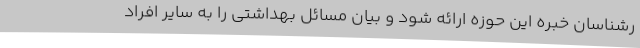
رشناسان خبره این حوزه ارائه شود و بیان مسائل بهداشتی را به سایر افراد